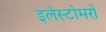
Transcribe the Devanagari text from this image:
इलेस्टोमरों